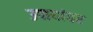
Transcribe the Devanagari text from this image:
उपायांवर